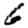
Digit: 6